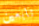
تابعين